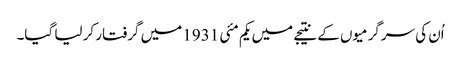
اُن کی سرگرمیوں کے نتیجے میں یکم مئی 1931 میں گرفتار کر لیا گیا۔